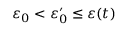
\varepsilon _ { 0 } < \varepsilon _ { 0 } ^ { \prime } \leq \varepsilon ( t )